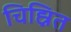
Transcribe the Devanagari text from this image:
चिह्नित